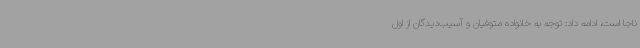
ناجا است، ادامه داد: توجه به خانواده متوفیان و آسیب‌دیدگان از اول